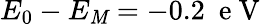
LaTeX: E_{0}-E_{\mathit{M}}=-0.2~\mathrm{{~e~V~}}